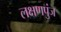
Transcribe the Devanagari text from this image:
लक्षणपुंज